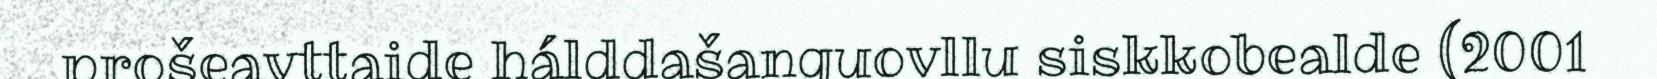
prošeavttaide hálddašanguovllu siskkobealde (2001